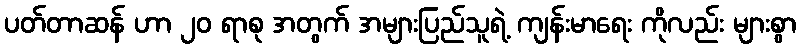
ပတ်တာဆန် ဟာ ၂၀ ရာစု အတွက် အများပြည်သူရဲ့ ကျန်းမာရေး ကိုလည်း များစွာ